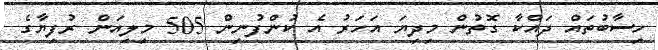
ހިސާބުތައް ދައްކާ ގޮތުން މިދިޔަ އަހަރު އެ ކުންފުނިން 505 މިލިއަން ރުފިޔާގެ